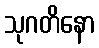
သုဂတိနော